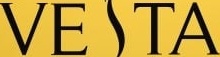
VETA